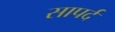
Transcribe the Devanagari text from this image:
सापर्द